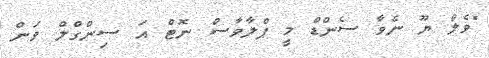
"ވެލް ޔޫ ނެވާ ސެންޑް މީ ޕްލާވާސް ނޮޓް އަ ސިންގްލް ވަން